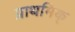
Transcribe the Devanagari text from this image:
प्राथमिक्